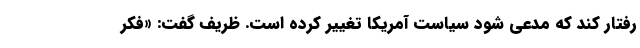
رفتار کند که مدعی شود سیاست آمریکا تغییر کرده است. ظریف گفت: «فکر